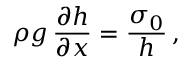
\rho g \, \frac { \partial h } { \partial x } = \frac { \sigma _ { 0 } } { h } \, ,